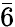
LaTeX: \bar{6}